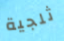
ثلجية